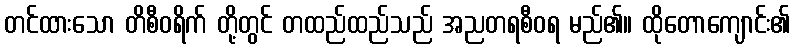
တင်ထားသော တိစီဝရိက် တို့တွင် တထည်ထည်သည် အညတရစီဝရ မည်၏။ ထိုတောကျောင်း၏